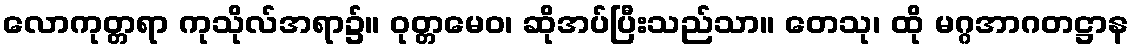
လောကုတ္တရာ ကုသိုလ်အရာ၌။ ဝုတ္တမေဝ၊ ဆိုအပ်ပြီးသည်သာ။ တေသု၊ ထို မဂ္ဂအာဂတဋ္ဌာန